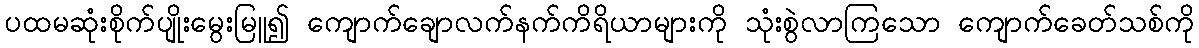
ပထမဆုံးစိုက်ပျိုးမွေးမြူ၍ ကျောက်ချောလက်နက်ကိရိယာများကို သုံးစွဲလာကြသော ကျောက်ခေတ်သစ်ကို